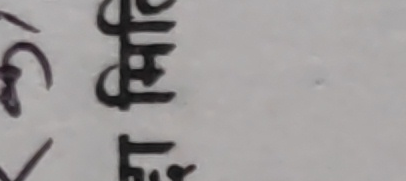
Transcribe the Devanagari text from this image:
७ मिभि